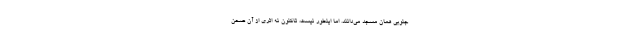
جنوبی همان مسجد می‌دانند. اما اینطور نیست، تاکنون نه اثری از آن صحن